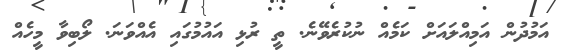
އަމުދުން އަމިއްލައަށް ކަމެއް ނުކުރެވޭނެ. ތީ ރުޅި އައުމުގައި އެއްވަނަ. ލޯބިވާ މީހެއް